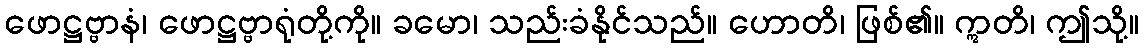
ဖောဋ္ဌဗ္ဗာနံ၊ ဖောဋ္ဌဗ္ဗာရုံတို့ကို။ ခမော၊ သည်းခံနိုင်သည်။ ဟောတိ၊ ဖြစ်၏။ ဣတိ၊ ဤသို့။